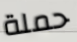
حملة